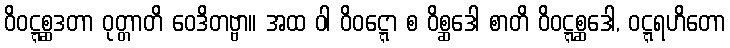
ဝိဝဋ္ဋစ္ဆဒတာ ဝုတ္တာတိ ဝေဒိတဗ္ဗာ။ အထ ဝါ ဝိဝဋ္ဋော စ ဝိစ္ဆဒေါ စာတိ ဝိဝဋ္ဋစ္ဆဒေါ, ဝဋ္ဋရဟိတော